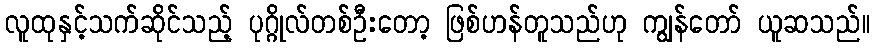
လူထုနှင့်သက်ဆိုင်သည့် ပုဂ္ဂိုလ်တစ်ဦးတော့ ဖြစ်ဟန်တူသည်ဟု ကျွန်တော် ယူဆသည်။